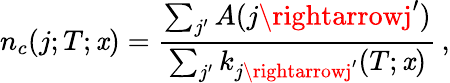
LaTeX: n_{c}(j;T;\mathit{x})=\frac{{\sum_{j^{\prime}}A(j\rightarrowj^{\prime})}}{{\sum_{j^{\prime}}k_{j\rightarrowj^{\prime}}(T;\mathit{x})}}\, ,